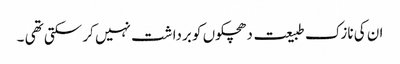
ان کی نازک طبیعت دھچکوں کو برداشت نہیں کر سکتی تھی ۔